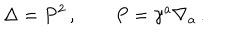
\Delta = P ^ { 2 } \, , \qquad P = \gamma ^ { a } \nabla _ { a } \, .